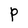
Character: P